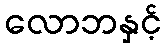
လောဘနှင့်